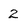
Character: 2